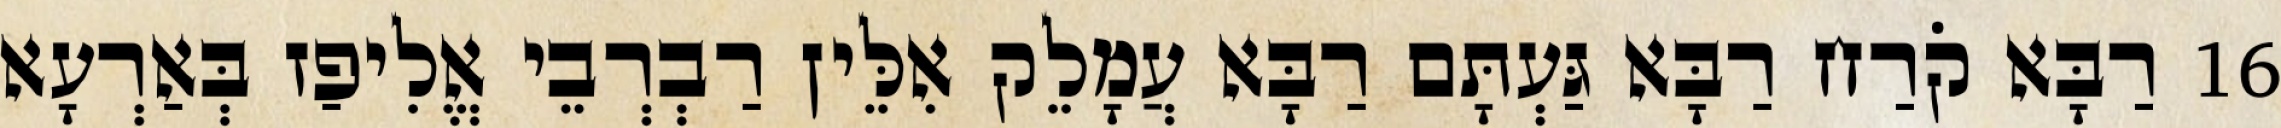
16 רַבָּא קֹרַח רַבָּא גַּעְתָּם רַבָּא עֲמָלֵק אִלֵּין רַבְרְבֵי אֱלִיפַז בְּאַרְעָא